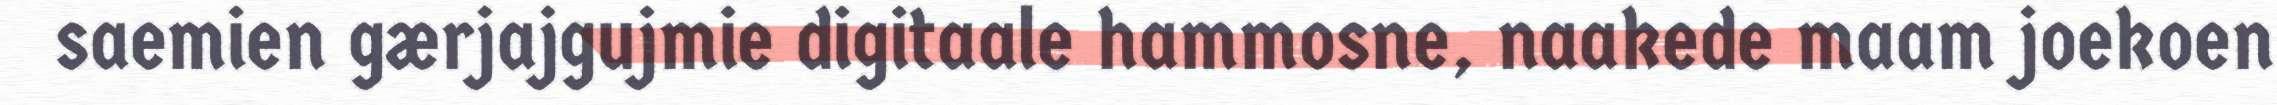
saemien gærjajgujmie digitaale hammosne, naakede maam joekoen